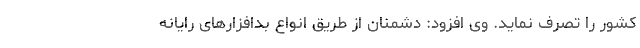
کشور را تصرف نماید. وی افزود: دشمنان از طریق انواع بدافزارهای رایانه